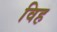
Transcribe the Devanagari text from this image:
विह